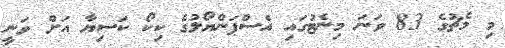
މި މެޗުގެ 83 ވަނަ މިނެޓުގައި އެސްޕަންޔޯލުގެ ކިކޯ ކަސިޔާ އަށް ވަނީ